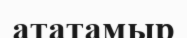
ататамыр